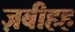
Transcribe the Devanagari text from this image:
ज़बीहह